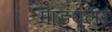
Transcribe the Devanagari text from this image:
माडयूलर